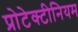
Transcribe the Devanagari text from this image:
प्रोटेक्टीनियम